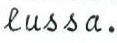
lussa.